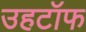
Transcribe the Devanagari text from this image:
उहटॉफ